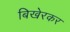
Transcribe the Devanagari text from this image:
बिखेरकर